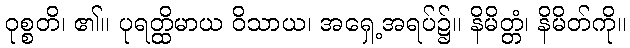
ဝုစ္စတိ၊ ၏။ ပုရတ္ထိမာယ ဝိသာယ၊ အရှေ့အရပ်၌။ နိမိတ္တံ၊ နိမိတ်ကို။